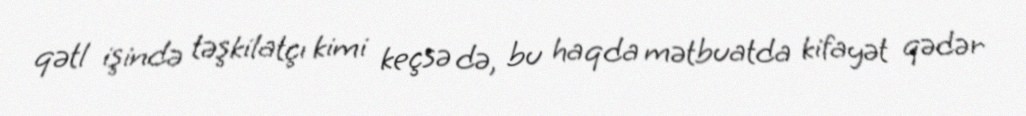
qətl işində təşkilatçı kimi keçsə də, bu haqda mətbuatda kifayət qədər